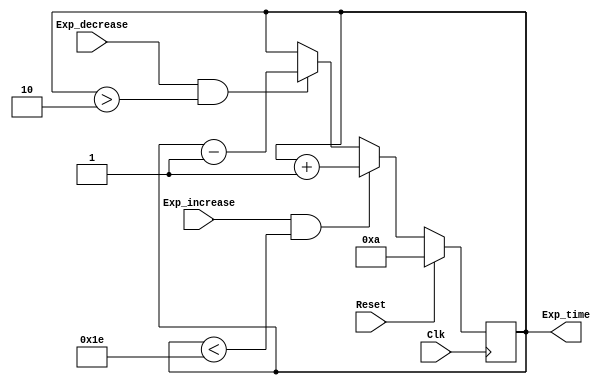
// This module's purpose is to let the user increase and decrease the exposure time and keep track of this value.
// It uses a base value of 10 ms and adds or subtracts from this value
`timescale 1ms / 1ns

module CTRL_exp_time(input Clk, Reset, Exp_increase, Exp_decrease,
	output reg [4:0] Exp_time);
	always @ (posedge Clk)
		begin
			if (Reset == 1)
				// Sets a base value for the exposure time
				Exp_time <= 10;
			else if (Exp_increase == 1 && Exp_time < 30) //Max Exp_time is 30ms 
				Exp_time <= Exp_time + 1;
			else if (Exp_decrease == 1 && Exp_time > 2) //Min Exp_time is 2ms
				Exp_time <= Exp_time -1;
		end
endmodule